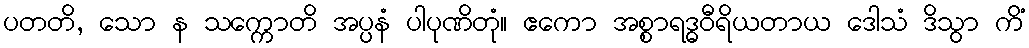
ပတတိ, သော န သက္ကောတိ အပ္ပနံ ပါပုဏိတုံ။ ဧကော အစ္စာရဒ္ဓဝီရိယတာယ ဒေါသံ ဒိသွာ ကိံ